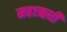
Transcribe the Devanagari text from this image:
महाऋधी